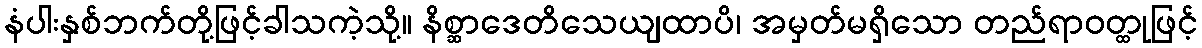
နံပါးနှစ်ဘက်တို့ဖြင့်ခါသကဲ့သို့။ နိစ္ဆာဒေတိသေယျထာပိ၊ အမှတ်မရှိသော တည်ရာဝတ္ထုဖြင့်